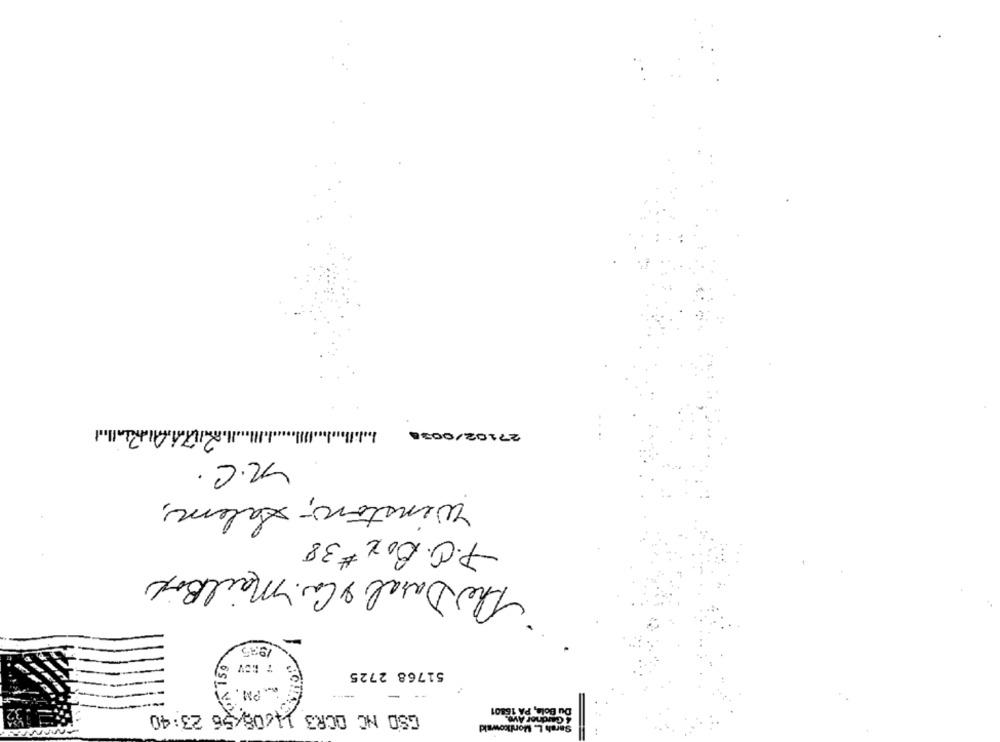
27102/0038
R.C.
Winston- Salem,
P.O.Box #38
The Daral & Co. Mail Box
/935
GA 159
51768 2725
.. PM. V
2.32
Du Bola, PA 16801
GSD NC OCR3 11/08/56 23:40
4 Gardiner Ave.
Sarah L. Monikowald